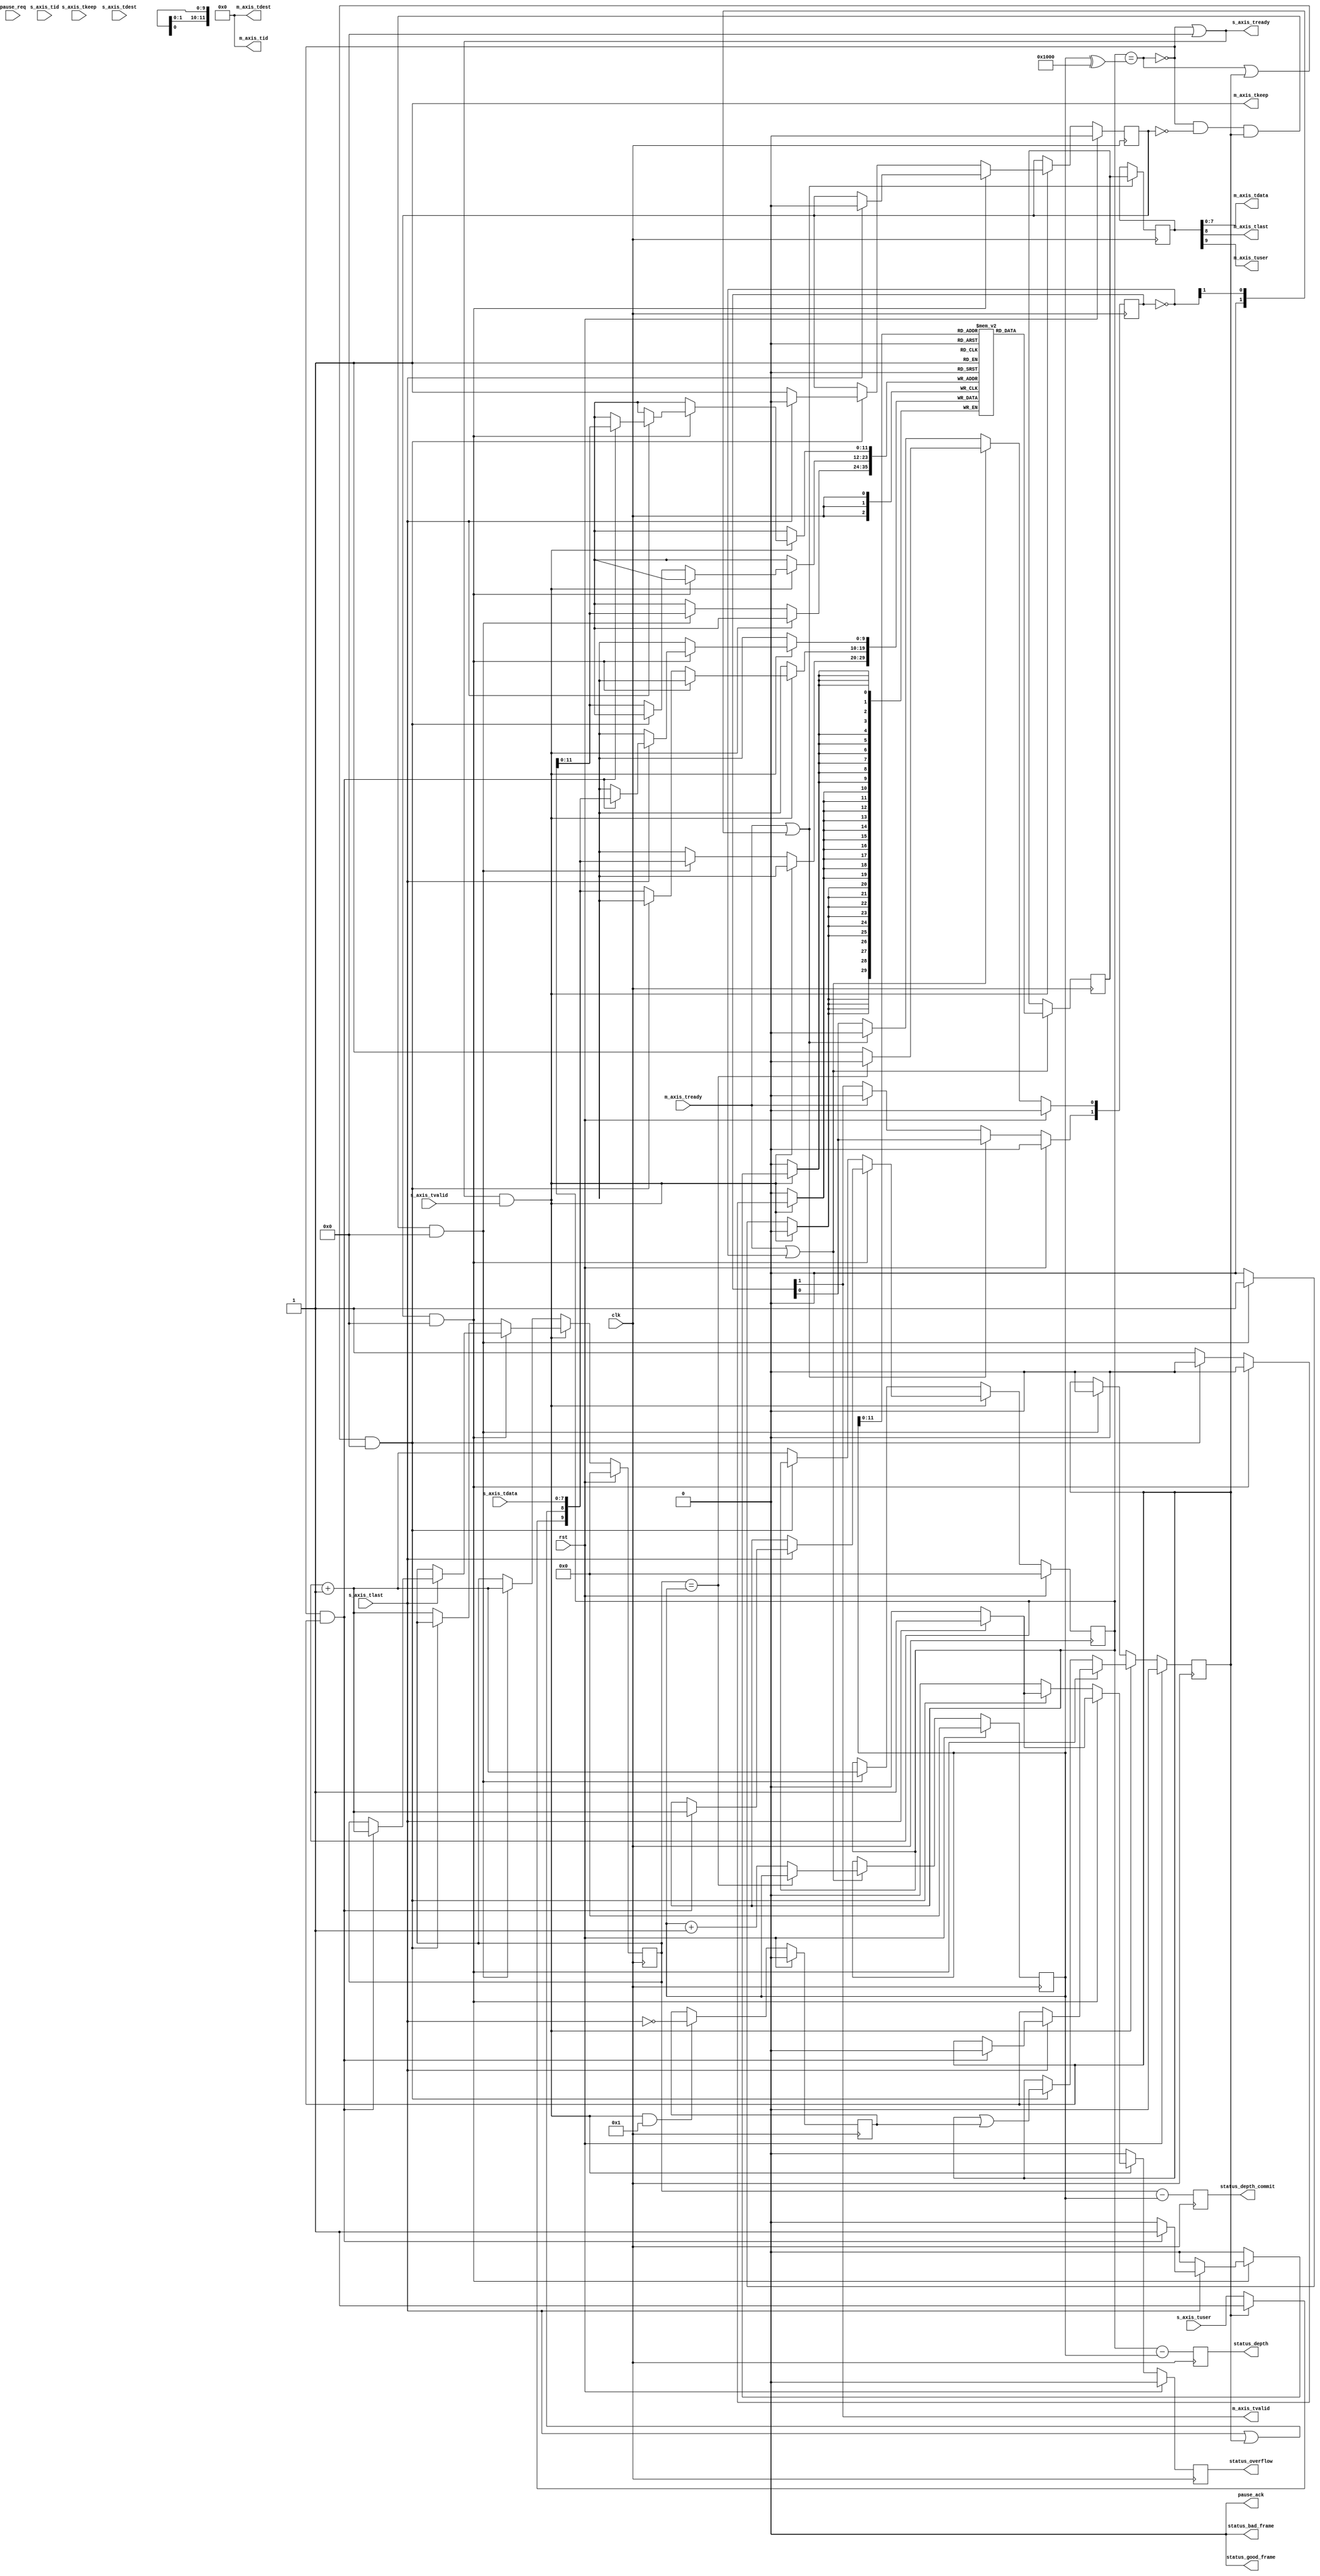
/*

Copyright (c) 2013-2023 Alex Forencich

Permission is hereby granted, free of charge, to any person obtaining a copy
of this software and associated documentation files (the "Software"), to deal
in the Software without restriction, including without limitation the rights
to use, copy, modify, merge, publish, distribute, sublicense, and/or sell
copies of the Software, and to permit persons to whom the Software is
furnished to do so, subject to the following conditions:

The above copyright notice and this permission notice shall be included in
all copies or substantial portions of the Software.

THE SOFTWARE IS PROVIDED "AS IS", WITHOUT WARRANTY OF ANY KIND, EXPRESS OR
IMPLIED, INCLUDING BUT NOT LIMITED TO THE WARRANTIES OF MERCHANTABILITY
FITNESS FOR A PARTICULAR PURPOSE AND NONINFRINGEMENT. IN NO EVENT SHALL THE
AUTHORS OR COPYRIGHT HOLDERS BE LIABLE FOR ANY CLAIM, DAMAGES OR OTHER
LIABILITY, WHETHER IN AN ACTION OF CONTRACT, TORT OR OTHERWISE, ARISING FROM,
OUT OF OR IN CONNECTION WITH THE SOFTWARE OR THE USE OR OTHER DEALINGS IN
THE SOFTWARE.

*/

// Language: Verilog 2001

`resetall
`timescale 1ns / 1ps
`default_nettype none

/*
 * AXI4-Stream FIFO
 */
module axis_fifo #
(
    // FIFO depth in words
    // KEEP_WIDTH words per cycle if KEEP_ENABLE set
    // Rounded up to nearest power of 2 cycles
    parameter DEPTH = 4096,
    // Width of AXI stream interfaces in bits
    parameter DATA_WIDTH = 8,
    // Propagate tkeep signal
    // If disabled, tkeep assumed to be 1'b1
    parameter KEEP_ENABLE = (DATA_WIDTH>8),
    // tkeep signal width (words per cycle)
    parameter KEEP_WIDTH = ((DATA_WIDTH+7)/8),
    // Propagate tlast signal
    parameter LAST_ENABLE = 1,
    // Propagate tid signal
    parameter ID_ENABLE = 0,
    // tid signal width
    parameter ID_WIDTH = 8,
    // Propagate tdest signal
    parameter DEST_ENABLE = 0,
    // tdest signal width
    parameter DEST_WIDTH = 8,
    // Propagate tuser signal
    parameter USER_ENABLE = 1,
    // tuser signal width
    parameter USER_WIDTH = 1,
    // number of RAM pipeline registers
    parameter RAM_PIPELINE = 1,
    // use output FIFO
    // When set, the RAM read enable and pipeline clock enables are removed
    parameter OUTPUT_FIFO_ENABLE = 0,
    // Frame FIFO mode - operate on frames instead of cycles
    // When set, m_axis_tvalid will not be deasserted within a frame
    // Requires LAST_ENABLE set
    parameter FRAME_FIFO = 0,
    // tuser value for bad frame marker
    parameter USER_BAD_FRAME_VALUE = 1'b1,
    // tuser mask for bad frame marker
    parameter USER_BAD_FRAME_MASK = 1'b1,
    // Drop frames larger than FIFO
    // Requires FRAME_FIFO set
    parameter DROP_OVERSIZE_FRAME = FRAME_FIFO,
    // Drop frames marked bad
    // Requires FRAME_FIFO and DROP_OVERSIZE_FRAME set
    parameter DROP_BAD_FRAME = 0,
    // Drop incoming frames when full
    // When set, s_axis_tready is always asserted
    // Requires FRAME_FIFO and DROP_OVERSIZE_FRAME set
    parameter DROP_WHEN_FULL = 0,
    // Mark incoming frames as bad frames when full
    // When set, s_axis_tready is always asserted
    // Requires FRAME_FIFO to be clear
    parameter MARK_WHEN_FULL = 0,
    // Enable pause request input
    parameter PAUSE_ENABLE = 0,
    // Pause between frames
    parameter FRAME_PAUSE = FRAME_FIFO
)
(
    input  wire                   clk,
    input  wire                   rst,

    /*
     * AXI input
     */
    input  wire [DATA_WIDTH-1:0]  s_axis_tdata,
    input  wire [KEEP_WIDTH-1:0]  s_axis_tkeep,
    input  wire                   s_axis_tvalid,
    output wire                   s_axis_tready,
    input  wire                   s_axis_tlast,
    input  wire [ID_WIDTH-1:0]    s_axis_tid,
    input  wire [DEST_WIDTH-1:0]  s_axis_tdest,
    input  wire [USER_WIDTH-1:0]  s_axis_tuser,

    /*
     * AXI output
     */
    output wire [DATA_WIDTH-1:0]  m_axis_tdata,
    output wire [KEEP_WIDTH-1:0]  m_axis_tkeep,
    output wire                   m_axis_tvalid,
    input  wire                   m_axis_tready,
    output wire                   m_axis_tlast,
    output wire [ID_WIDTH-1:0]    m_axis_tid,
    output wire [DEST_WIDTH-1:0]  m_axis_tdest,
    output wire [USER_WIDTH-1:0]  m_axis_tuser,

    /*
     * Pause
     */
    input  wire                   pause_req,
    output wire                   pause_ack,

    /*
     * Status
     */
    output wire [$clog2(DEPTH):0] status_depth,
    output wire [$clog2(DEPTH):0] status_depth_commit,
    output wire                   status_overflow,
    output wire                   status_bad_frame,
    output wire                   status_good_frame
);

parameter ADDR_WIDTH = (KEEP_ENABLE && KEEP_WIDTH > 1) ? $clog2(DEPTH/KEEP_WIDTH) : $clog2(DEPTH);

parameter OUTPUT_FIFO_ADDR_WIDTH = RAM_PIPELINE < 2 ? 3 : $clog2(RAM_PIPELINE*2+7);

// check configuration
initial begin
    if (FRAME_FIFO && !LAST_ENABLE) begin
        $error("Error: FRAME_FIFO set requires LAST_ENABLE set (instance %m)");
        $finish;
    end

    if (DROP_OVERSIZE_FRAME && !FRAME_FIFO) begin
        $error("Error: DROP_OVERSIZE_FRAME set requires FRAME_FIFO set (instance %m)");
        $finish;
    end

    if (DROP_BAD_FRAME && !(FRAME_FIFO && DROP_OVERSIZE_FRAME)) begin
        $error("Error: DROP_BAD_FRAME set requires FRAME_FIFO and DROP_OVERSIZE_FRAME set (instance %m)");
        $finish;
    end

    if (DROP_WHEN_FULL && !(FRAME_FIFO && DROP_OVERSIZE_FRAME)) begin
        $error("Error: DROP_WHEN_FULL set requires FRAME_FIFO and DROP_OVERSIZE_FRAME set (instance %m)");
        $finish;
    end

    if ((DROP_BAD_FRAME || MARK_WHEN_FULL) && (USER_BAD_FRAME_MASK & {USER_WIDTH{1'b1}}) == 0) begin
        $error("Error: Invalid USER_BAD_FRAME_MASK value (instance %m)");
        $finish;
    end

    if (MARK_WHEN_FULL && FRAME_FIFO) begin
        $error("Error: MARK_WHEN_FULL is not compatible with FRAME_FIFO (instance %m)");
        $finish;
    end

    if (MARK_WHEN_FULL && !LAST_ENABLE) begin
        $error("Error: MARK_WHEN_FULL set requires LAST_ENABLE set (instance %m)");
        $finish;
    end
end

localparam KEEP_OFFSET = DATA_WIDTH;
localparam LAST_OFFSET = KEEP_OFFSET + (KEEP_ENABLE ? KEEP_WIDTH : 0);
localparam ID_OFFSET   = LAST_OFFSET + (LAST_ENABLE ? 1          : 0);
localparam DEST_OFFSET = ID_OFFSET   + (ID_ENABLE   ? ID_WIDTH   : 0);
localparam USER_OFFSET = DEST_OFFSET + (DEST_ENABLE ? DEST_WIDTH : 0);
localparam WIDTH       = USER_OFFSET + (USER_ENABLE ? USER_WIDTH : 0);

reg [ADDR_WIDTH:0] wr_ptr_reg = {ADDR_WIDTH+1{1'b0}};
reg [ADDR_WIDTH:0] wr_ptr_commit_reg = {ADDR_WIDTH+1{1'b0}};
reg [ADDR_WIDTH:0] rd_ptr_reg = {ADDR_WIDTH+1{1'b0}};

(* ramstyle = "no_rw_check" *)
reg [WIDTH-1:0] mem[(2**ADDR_WIDTH)-1:0];
reg mem_read_data_valid_reg = 1'b0;

(* shreg_extract = "no" *)
reg [WIDTH-1:0] m_axis_pipe_reg[RAM_PIPELINE+1-1:0];
reg [RAM_PIPELINE+1-1:0] m_axis_tvalid_pipe_reg = 0;

// full when first MSB different but rest same
wire full = wr_ptr_reg == (rd_ptr_reg ^ {1'b1, {ADDR_WIDTH{1'b0}}});
// empty when pointers match exactly
wire empty = wr_ptr_commit_reg == rd_ptr_reg;
// overflow within packet
wire full_wr = wr_ptr_reg == (wr_ptr_commit_reg ^ {1'b1, {ADDR_WIDTH{1'b0}}});

reg s_frame_reg = 1'b0;

reg drop_frame_reg = 1'b0;
reg mark_frame_reg = 1'b0;
reg send_frame_reg = 1'b0;
reg [ADDR_WIDTH:0] depth_reg = 0;
reg [ADDR_WIDTH:0] depth_commit_reg = 0;
reg overflow_reg = 1'b0;
reg bad_frame_reg = 1'b0;
reg good_frame_reg = 1'b0;

assign s_axis_tready = FRAME_FIFO ? (!full || (full_wr && DROP_OVERSIZE_FRAME) || DROP_WHEN_FULL) : (!full || MARK_WHEN_FULL);

wire [WIDTH-1:0] s_axis;

generate
    assign s_axis[DATA_WIDTH-1:0] = s_axis_tdata;
    if (KEEP_ENABLE) assign s_axis[KEEP_OFFSET +: KEEP_WIDTH] = s_axis_tkeep;
    if (LAST_ENABLE) assign s_axis[LAST_OFFSET]               = s_axis_tlast | mark_frame_reg;
    if (ID_ENABLE)   assign s_axis[ID_OFFSET   +: ID_WIDTH]   = s_axis_tid;
    if (DEST_ENABLE) assign s_axis[DEST_OFFSET +: DEST_WIDTH] = s_axis_tdest;
    if (USER_ENABLE) assign s_axis[USER_OFFSET +: USER_WIDTH] = mark_frame_reg ? USER_BAD_FRAME_VALUE : s_axis_tuser;
endgenerate

wire [WIDTH-1:0] m_axis = m_axis_pipe_reg[RAM_PIPELINE+1-1];

wire                   m_axis_tready_pipe;
wire                   m_axis_tvalid_pipe = m_axis_tvalid_pipe_reg[RAM_PIPELINE+1-1];

wire [DATA_WIDTH-1:0]  m_axis_tdata_pipe  = m_axis[DATA_WIDTH-1:0];
wire [KEEP_WIDTH-1:0]  m_axis_tkeep_pipe  = KEEP_ENABLE ? m_axis[KEEP_OFFSET +: KEEP_WIDTH] : {KEEP_WIDTH{1'b1}};
wire                   m_axis_tlast_pipe  = LAST_ENABLE ? m_axis[LAST_OFFSET] : 1'b1;
wire [ID_WIDTH-1:0]    m_axis_tid_pipe    = ID_ENABLE   ? m_axis[ID_OFFSET +: ID_WIDTH] : {ID_WIDTH{1'b0}};
wire [DEST_WIDTH-1:0]  m_axis_tdest_pipe  = DEST_ENABLE ? m_axis[DEST_OFFSET +: DEST_WIDTH] : {DEST_WIDTH{1'b0}};
wire [USER_WIDTH-1:0]  m_axis_tuser_pipe  = USER_ENABLE ? m_axis[USER_OFFSET +: USER_WIDTH] : {USER_WIDTH{1'b0}};

wire                   m_axis_tready_out;
wire                   m_axis_tvalid_out;

wire [DATA_WIDTH-1:0]  m_axis_tdata_out;
wire [KEEP_WIDTH-1:0]  m_axis_tkeep_out;
wire                   m_axis_tlast_out;
wire [ID_WIDTH-1:0]    m_axis_tid_out;
wire [DEST_WIDTH-1:0]  m_axis_tdest_out;
wire [USER_WIDTH-1:0]  m_axis_tuser_out;

wire pipe_ready;

assign status_depth = (KEEP_ENABLE && KEEP_WIDTH > 1) ? {depth_reg, {$clog2(KEEP_WIDTH){1'b0}}} : depth_reg;
assign status_depth_commit = (KEEP_ENABLE && KEEP_WIDTH > 1) ? {depth_commit_reg, {$clog2(KEEP_WIDTH){1'b0}}} : depth_commit_reg;
assign status_overflow = overflow_reg;
assign status_bad_frame = bad_frame_reg;
assign status_good_frame = good_frame_reg;

// Write logic
always @(posedge clk) begin
    overflow_reg <= 1'b0;
    bad_frame_reg <= 1'b0;
    good_frame_reg <= 1'b0;

    if (s_axis_tready && s_axis_tvalid && LAST_ENABLE) begin
        // track input frame status
        s_frame_reg <= !s_axis_tlast;
    end

    if (FRAME_FIFO) begin
        // frame FIFO mode
        if (s_axis_tready && s_axis_tvalid) begin
            // transfer in
            if ((full && DROP_WHEN_FULL) || (full_wr && DROP_OVERSIZE_FRAME) || drop_frame_reg) begin
                // full, packet overflow, or currently dropping frame
                // drop frame
                drop_frame_reg <= 1'b1;
                if (s_axis_tlast) begin
                    // end of frame, reset write pointer
                    wr_ptr_reg <= wr_ptr_commit_reg;
                    drop_frame_reg <= 1'b0;
                    overflow_reg <= 1'b1;
                end
            end else begin
                // store it
                mem[wr_ptr_reg[ADDR_WIDTH-1:0]] <= s_axis;
                wr_ptr_reg <= wr_ptr_reg + 1;
                if (s_axis_tlast || (!DROP_OVERSIZE_FRAME && (full_wr || send_frame_reg))) begin
                    // end of frame or send frame
                    send_frame_reg <= !s_axis_tlast;
                    if (s_axis_tlast && DROP_BAD_FRAME && USER_BAD_FRAME_MASK & ~(s_axis_tuser ^ USER_BAD_FRAME_VALUE)) begin
                        // bad packet, reset write pointer
                        wr_ptr_reg <= wr_ptr_commit_reg;
                        bad_frame_reg <= 1'b1;
                    end else begin
                        // good packet or packet overflow, update write pointer
                        wr_ptr_commit_reg <= wr_ptr_reg + 1;
                        good_frame_reg <= s_axis_tlast;
                    end
                end
            end
        end else if (s_axis_tvalid && full_wr && !DROP_OVERSIZE_FRAME) begin
            // data valid with packet overflow
            // update write pointer
            send_frame_reg <= 1'b1;
            wr_ptr_commit_reg <= wr_ptr_reg;
        end
    end else begin
        // normal FIFO mode
        if (s_axis_tready && s_axis_tvalid) begin
            if (drop_frame_reg && MARK_WHEN_FULL) begin
                // currently dropping frame
                if (s_axis_tlast) begin
                    // end of frame
                    if (!full && mark_frame_reg) begin
                        // terminate marked frame
                        mark_frame_reg <= 1'b0;
                        mem[wr_ptr_reg[ADDR_WIDTH-1:0]] <= s_axis;
                        wr_ptr_reg <= wr_ptr_reg + 1;
                        wr_ptr_commit_reg <= wr_ptr_reg + 1;
                    end
                    // end of frame, clear drop flag
                    drop_frame_reg <= 1'b0;
                    overflow_reg <= 1'b1;
                end
            end else if ((full || mark_frame_reg) && MARK_WHEN_FULL) begin
                // full or marking frame
                // drop frame; mark if this isn't the first cycle
                drop_frame_reg <= 1'b1;
                mark_frame_reg <= mark_frame_reg || s_frame_reg;
                if (s_axis_tlast) begin
                    drop_frame_reg <= 1'b0;
                    overflow_reg <= 1'b1;
                end
            end else begin
                // transfer in
                mem[wr_ptr_reg[ADDR_WIDTH-1:0]] <= s_axis;
                wr_ptr_reg <= wr_ptr_reg + 1;
                wr_ptr_commit_reg <= wr_ptr_reg + 1;
            end
        end else if ((!full && !drop_frame_reg && mark_frame_reg) && MARK_WHEN_FULL) begin
            // terminate marked frame
            mark_frame_reg <= 1'b0;
            mem[wr_ptr_reg[ADDR_WIDTH-1:0]] <= s_axis;
            wr_ptr_reg <= wr_ptr_reg + 1;
            wr_ptr_commit_reg <= wr_ptr_reg + 1;
        end
    end

    if (rst) begin
        wr_ptr_reg <= {ADDR_WIDTH+1{1'b0}};
        wr_ptr_commit_reg <= {ADDR_WIDTH+1{1'b0}};

        s_frame_reg <= 1'b0;

        drop_frame_reg <= 1'b0;
        mark_frame_reg <= 1'b0;
        send_frame_reg <= 1'b0;
        overflow_reg <= 1'b0;
        bad_frame_reg <= 1'b0;
        good_frame_reg <= 1'b0;
    end
end

// Status
always @(posedge clk) begin
    depth_reg <= wr_ptr_reg - rd_ptr_reg;
    depth_commit_reg <= wr_ptr_commit_reg - rd_ptr_reg;
end

// Read logic
integer j;

always @(posedge clk) begin
    if (m_axis_tready_pipe) begin
        // output ready; invalidate stage
        m_axis_tvalid_pipe_reg[RAM_PIPELINE+1-1] <= 1'b0;
    end

    for (j = RAM_PIPELINE+1-1; j > 0; j = j - 1) begin
        if (m_axis_tready_pipe || ((~m_axis_tvalid_pipe_reg) >> j)) begin
            // output ready or bubble in pipeline; transfer down pipeline
            m_axis_tvalid_pipe_reg[j] <= m_axis_tvalid_pipe_reg[j-1];
            m_axis_pipe_reg[j] <= m_axis_pipe_reg[j-1];
            m_axis_tvalid_pipe_reg[j-1] <= 1'b0;
        end
    end

    if (m_axis_tready_pipe || ~m_axis_tvalid_pipe_reg) begin
        // output ready or bubble in pipeline; read new data from FIFO
        m_axis_tvalid_pipe_reg[0] <= 1'b0;
        m_axis_pipe_reg[0] <= mem[rd_ptr_reg[ADDR_WIDTH-1:0]];
        if (!empty && pipe_ready) begin
            // not empty, increment pointer
            m_axis_tvalid_pipe_reg[0] <= 1'b1;
            rd_ptr_reg <= rd_ptr_reg + 1;
        end
    end

    if (rst) begin
        rd_ptr_reg <= {ADDR_WIDTH+1{1'b0}};
        m_axis_tvalid_pipe_reg <= 0;
    end
end

generate

if (!OUTPUT_FIFO_ENABLE) begin

    assign pipe_ready = 1'b1;

    assign m_axis_tready_pipe = m_axis_tready_out;
    assign m_axis_tvalid_out = m_axis_tvalid_pipe;

    assign m_axis_tdata_out = m_axis_tdata_pipe;
    assign m_axis_tkeep_out = m_axis_tkeep_pipe;
    assign m_axis_tlast_out = m_axis_tlast_pipe;
    assign m_axis_tid_out   = m_axis_tid_pipe;
    assign m_axis_tdest_out = m_axis_tdest_pipe;
    assign m_axis_tuser_out = m_axis_tuser_pipe;

end else begin : output_fifo

    // output datapath logic
    reg [DATA_WIDTH-1:0] m_axis_tdata_reg  = {DATA_WIDTH{1'b0}};
    reg [KEEP_WIDTH-1:0] m_axis_tkeep_reg  = {KEEP_WIDTH{1'b0}};
    reg                  m_axis_tvalid_reg = 1'b0;
    reg                  m_axis_tlast_reg  = 1'b0;
    reg [ID_WIDTH-1:0]   m_axis_tid_reg    = {ID_WIDTH{1'b0}};
    reg [DEST_WIDTH-1:0] m_axis_tdest_reg  = {DEST_WIDTH{1'b0}};
    reg [USER_WIDTH-1:0] m_axis_tuser_reg  = {USER_WIDTH{1'b0}};

    reg [OUTPUT_FIFO_ADDR_WIDTH+1-1:0] out_fifo_wr_ptr_reg = 0;
    reg [OUTPUT_FIFO_ADDR_WIDTH+1-1:0] out_fifo_rd_ptr_reg = 0;
    reg out_fifo_half_full_reg = 1'b0;

    wire out_fifo_full = out_fifo_wr_ptr_reg == (out_fifo_rd_ptr_reg ^ {1'b1, {OUTPUT_FIFO_ADDR_WIDTH{1'b0}}});
    wire out_fifo_empty = out_fifo_wr_ptr_reg == out_fifo_rd_ptr_reg;

    (* ram_style = "distributed", ramstyle = "no_rw_check, mlab" *)
    reg [DATA_WIDTH-1:0] out_fifo_tdata[2**OUTPUT_FIFO_ADDR_WIDTH-1:0];
    (* ram_style = "distributed", ramstyle = "no_rw_check, mlab" *)
    reg [KEEP_WIDTH-1:0] out_fifo_tkeep[2**OUTPUT_FIFO_ADDR_WIDTH-1:0];
    (* ram_style = "distributed", ramstyle = "no_rw_check, mlab" *)
    reg                  out_fifo_tlast[2**OUTPUT_FIFO_ADDR_WIDTH-1:0];
    (* ram_style = "distributed", ramstyle = "no_rw_check, mlab" *)
    reg [ID_WIDTH-1:0]   out_fifo_tid[2**OUTPUT_FIFO_ADDR_WIDTH-1:0];
    (* ram_style = "distributed", ramstyle = "no_rw_check, mlab" *)
    reg [DEST_WIDTH-1:0] out_fifo_tdest[2**OUTPUT_FIFO_ADDR_WIDTH-1:0];
    (* ram_style = "distributed", ramstyle = "no_rw_check, mlab" *)
    reg [USER_WIDTH-1:0] out_fifo_tuser[2**OUTPUT_FIFO_ADDR_WIDTH-1:0];

    assign pipe_ready = !out_fifo_half_full_reg;

    assign m_axis_tready_pipe = 1'b1;

    assign m_axis_tdata_out  = m_axis_tdata_reg;
    assign m_axis_tkeep_out  = KEEP_ENABLE ? m_axis_tkeep_reg : {KEEP_WIDTH{1'b1}};
    assign m_axis_tvalid_out = m_axis_tvalid_reg;
    assign m_axis_tlast_out  = LAST_ENABLE ? m_axis_tlast_reg : 1'b1;
    assign m_axis_tid_out    = ID_ENABLE   ? m_axis_tid_reg   : {ID_WIDTH{1'b0}};
    assign m_axis_tdest_out  = DEST_ENABLE ? m_axis_tdest_reg : {DEST_WIDTH{1'b0}};
    assign m_axis_tuser_out  = USER_ENABLE ? m_axis_tuser_reg : {USER_WIDTH{1'b0}};

    always @(posedge clk) begin
        m_axis_tvalid_reg <= m_axis_tvalid_reg && !m_axis_tready_out;

        out_fifo_half_full_reg <= $unsigned(out_fifo_wr_ptr_reg - out_fifo_rd_ptr_reg) >= 2**(OUTPUT_FIFO_ADDR_WIDTH-1);

        if (!out_fifo_full && m_axis_tvalid_pipe) begin
            out_fifo_tdata[out_fifo_wr_ptr_reg[OUTPUT_FIFO_ADDR_WIDTH-1:0]] <= m_axis_tdata_pipe;
            out_fifo_tkeep[out_fifo_wr_ptr_reg[OUTPUT_FIFO_ADDR_WIDTH-1:0]] <= m_axis_tkeep_pipe;
            out_fifo_tlast[out_fifo_wr_ptr_reg[OUTPUT_FIFO_ADDR_WIDTH-1:0]] <= m_axis_tlast_pipe;
            out_fifo_tid[out_fifo_wr_ptr_reg[OUTPUT_FIFO_ADDR_WIDTH-1:0]] <= m_axis_tid_pipe;
            out_fifo_tdest[out_fifo_wr_ptr_reg[OUTPUT_FIFO_ADDR_WIDTH-1:0]] <= m_axis_tdest_pipe;
            out_fifo_tuser[out_fifo_wr_ptr_reg[OUTPUT_FIFO_ADDR_WIDTH-1:0]] <= m_axis_tuser_pipe;
            out_fifo_wr_ptr_reg <= out_fifo_wr_ptr_reg + 1;
        end

        if (!out_fifo_empty && (!m_axis_tvalid_reg || m_axis_tready_out)) begin
            m_axis_tdata_reg <= out_fifo_tdata[out_fifo_rd_ptr_reg[OUTPUT_FIFO_ADDR_WIDTH-1:0]];
            m_axis_tkeep_reg <= out_fifo_tkeep[out_fifo_rd_ptr_reg[OUTPUT_FIFO_ADDR_WIDTH-1:0]];
            m_axis_tvalid_reg <= 1'b1;
            m_axis_tlast_reg <= out_fifo_tlast[out_fifo_rd_ptr_reg[OUTPUT_FIFO_ADDR_WIDTH-1:0]];
            m_axis_tid_reg <= out_fifo_tid[out_fifo_rd_ptr_reg[OUTPUT_FIFO_ADDR_WIDTH-1:0]];
            m_axis_tdest_reg <= out_fifo_tdest[out_fifo_rd_ptr_reg[OUTPUT_FIFO_ADDR_WIDTH-1:0]];
            m_axis_tuser_reg <= out_fifo_tuser[out_fifo_rd_ptr_reg[OUTPUT_FIFO_ADDR_WIDTH-1:0]];
            out_fifo_rd_ptr_reg <= out_fifo_rd_ptr_reg + 1;
        end

        if (rst) begin
            out_fifo_wr_ptr_reg <= 0;
            out_fifo_rd_ptr_reg <= 0;
            m_axis_tvalid_reg <= 1'b0;
        end
    end

end

if (PAUSE_ENABLE) begin : pause

    // Pause logic
    reg pause_reg = 1'b0;
    reg pause_frame_reg = 1'b0;

    assign m_axis_tready_out = m_axis_tready && !pause_reg;
    assign m_axis_tvalid = m_axis_tvalid_out && !pause_reg;

    assign m_axis_tdata = m_axis_tdata_out;
    assign m_axis_tkeep = m_axis_tkeep_out;
    assign m_axis_tlast = m_axis_tlast_out;
    assign m_axis_tid   = m_axis_tid_out;
    assign m_axis_tdest = m_axis_tdest_out;
    assign m_axis_tuser = m_axis_tuser_out;

    assign pause_ack = pause_reg;

    always @(posedge clk) begin
        if (FRAME_PAUSE) begin
            if (m_axis_tvalid && m_axis_tready) begin
                if (m_axis_tlast) begin
                    pause_frame_reg <= 1'b0;
                    pause_reg <= pause_req;
                end else begin
                    pause_frame_reg <= 1'b1;
                end
            end else begin
                if (!pause_frame_reg) begin
                    pause_reg <= pause_req;
                end
            end
        end else begin
            pause_reg <= pause_req;
        end

        if (rst) begin
            pause_frame_reg <= 1'b0;
            pause_reg <= 1'b0;
        end
    end

end else begin

    assign m_axis_tready_out = m_axis_tready;
    assign m_axis_tvalid = m_axis_tvalid_out;

    assign m_axis_tdata = m_axis_tdata_out;
    assign m_axis_tkeep = m_axis_tkeep_out;
    assign m_axis_tlast = m_axis_tlast_out;
    assign m_axis_tid   = m_axis_tid_out;
    assign m_axis_tdest = m_axis_tdest_out;
    assign m_axis_tuser = m_axis_tuser_out;

    assign pause_ack = 1'b0;

end

endgenerate

endmodule

`resetall